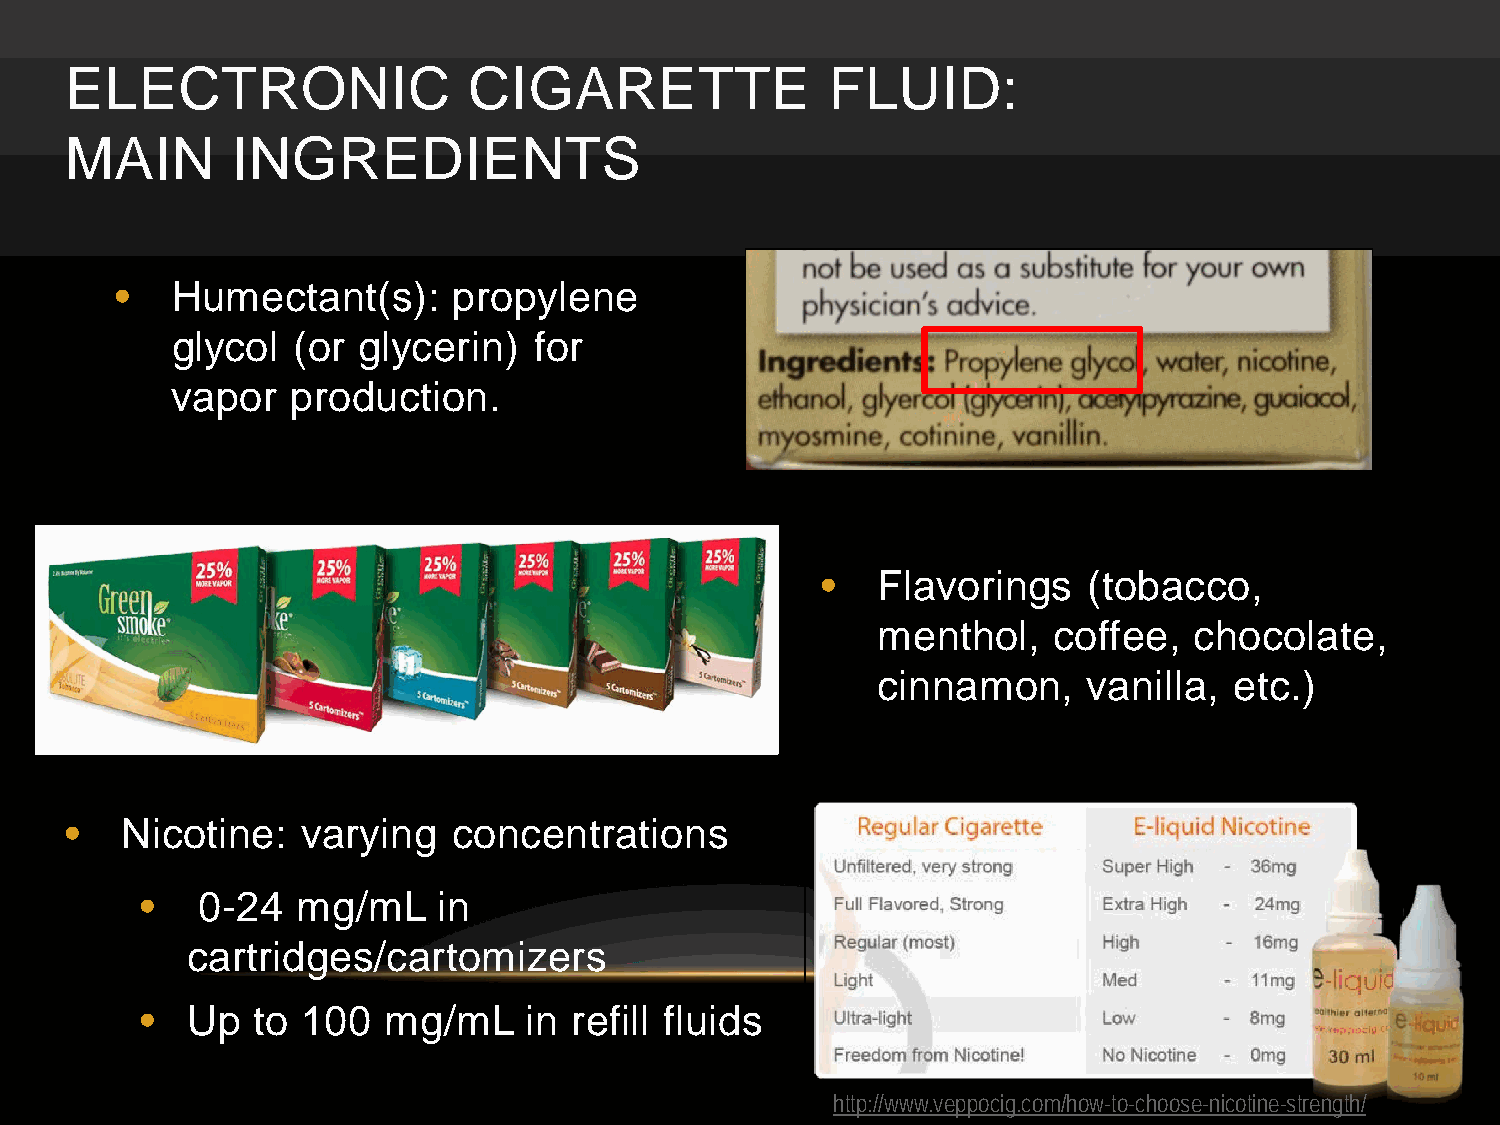
ELECTRONIC                 CIGARETTE               FLUID:
 MAIN       INGREDIENTS
 •  Humectant(s):      propylene
 glycol  (or  glycerin)  for
 v apor  production.
 •   Flavorings    (tobacco,
 menthol,    coffee,  chocolate,
 cinnamon,     vanilla,  etc.)
 •   Nicotine:   varying   concentrations
 •   0-24   mg/mL    in
 cartridges/cartomizers
 •  Up   to 100  mg/mL     in refill fluids
 http://www.veppocig.com/how-to-choose-nicotine-strength/